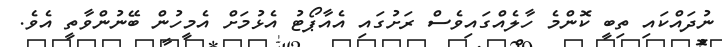
ނުދައްކައި ތިބީ ކޮންމެ ހާލެއްގައިވެސް ރަށުގައި އެއާޕޯޓު އެޅުމަށް އެމީހުން ބޭނުންވާތީ އެވެ.